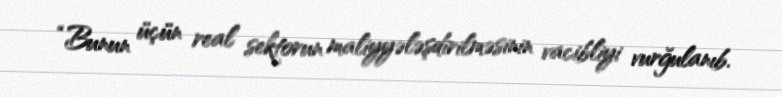
“Bunun üçün real sektorun maliyyələşdirilməsinin vacibliyi vurğulanıb.